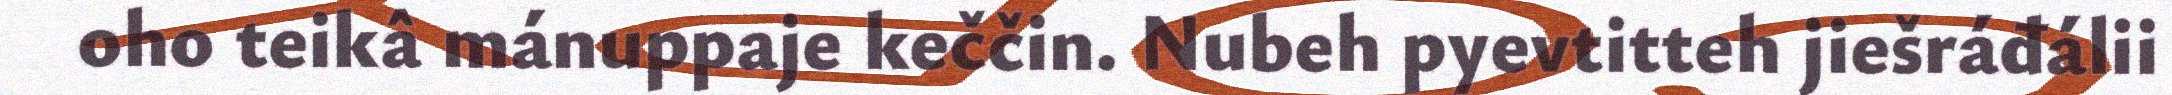
oho teikâ mánuppaje keččin. Nubeh pyevtitteh jiešráđálii